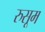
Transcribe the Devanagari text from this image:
रुसूम